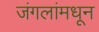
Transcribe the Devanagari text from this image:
जंगलांमधून